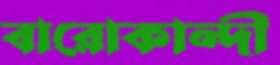
বারোকান্দী